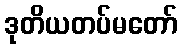
ဒုတိယတပ်မတော်